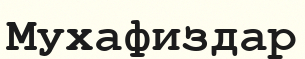
Мухафиздар